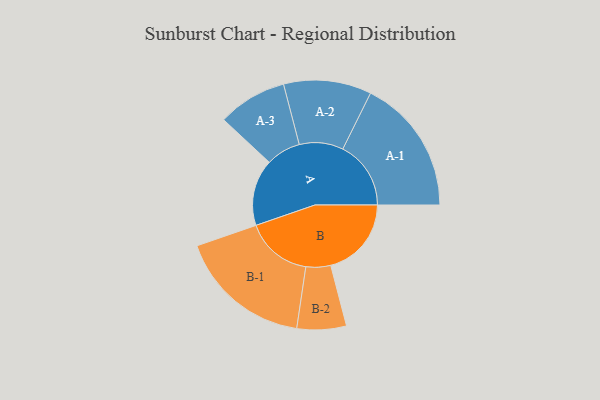
{"axis": {"x": "Segment", "y": "Value"}, "legend": ["", "A", "B"], "data": [{"x": "A", "y": 280, "type": ""}, {"x": "B", "y": 340, "type": ""}, {"x": "A-1", "y": 287, "type": "A"}, {"x": "A-2", "y": 185, "type": "A"}, {"x": "A-3", "y": 146, "type": "A"}, {"x": "B-1", "y": 282, "type": "B"}, {"x": "B-2", "y": 104, "type": "B"}]}